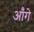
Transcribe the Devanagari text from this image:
आँगे